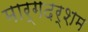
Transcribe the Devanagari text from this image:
मार्गदर्शम